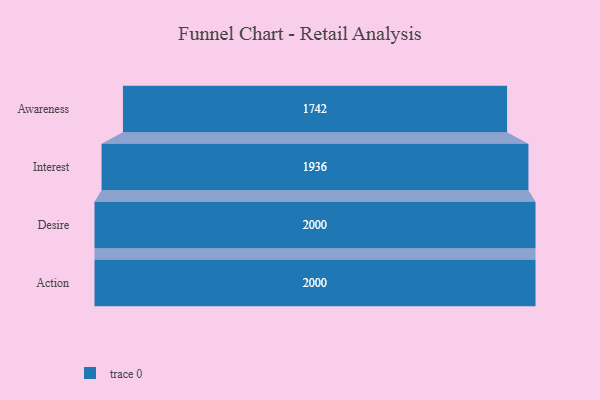
{"axis": {"x": "Stage", "y": "Value"}, "legend": [""], "data": [{"x": "Awareness", "y": 1742.0, "type": ""}, {"x": "Interest", "y": 1936.0, "type": ""}, {"x": "Desire", "y": 2000, "type": ""}, {"x": "Action", "y": 2000, "type": ""}]}